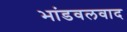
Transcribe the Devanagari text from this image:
भांडवलवाद